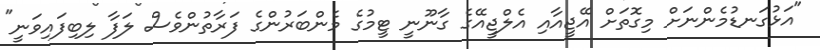
"އަޅުގަނޑުމެންނަށް މިގޮތަށް އޭޖީއާއި އެލްޖީއޭގެ ގާނޫނީ ޓީމުގެ މެންބަރުންގެ ފަރާތުންވެސް ލަފާ ލިބިފައިވަނީ"